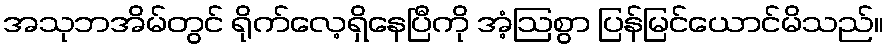
အသုဘအိမ်တွင် ရိုက်လေ့ရှိနေပြီကို အံ့ဩစွာ ပြန်မြင်ယောင်မိသည်။